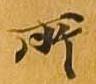
所